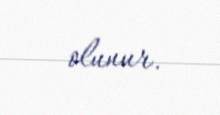
olunur.